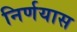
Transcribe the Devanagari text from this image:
निर्णयास